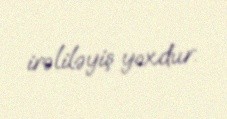
irəliləyiş yoxdur.